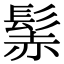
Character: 𩭑